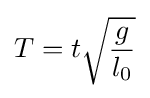
T=t{\sqrt {\frac {g}{l_{0}}}}